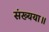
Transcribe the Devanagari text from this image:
संख्यया॥